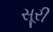
સૂરી